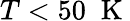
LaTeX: T<50\; \mathrm{~K~}